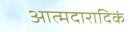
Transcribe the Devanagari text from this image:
आत्मदारादिकं